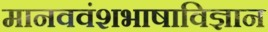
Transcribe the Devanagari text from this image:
मानववंशभाषाविज्ञान